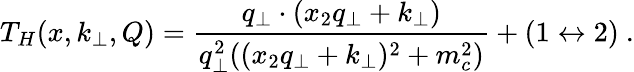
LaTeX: T_{H}(x,k_{\perp},Q)=\frac{q_{\perp}\cdot(x_{2}q_{\perp}+k_{\perp})}{q_{\perp}^{2}((x_{2}q_{\perp}+k_{\perp})^{2}+m_{c}^{2})}+(1\leftrightarrow 2)\ .